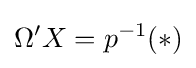
\Omega 'X=p^{-1}(*)